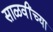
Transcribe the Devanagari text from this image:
साळवींच्या